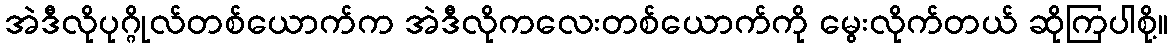
အဲဒီလိုပုဂ္ဂိုလ်တစ်ယောက်က အဲဒီလိုကလေးတစ်ယောက်ကို မွေးလိုက်တယ် ဆိုကြပါစို့။